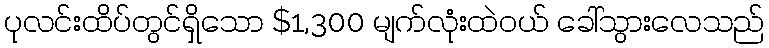
ပုလင်းထိပ်တွင်ရှိသော $1,300 မျက်လုံးထဲဝယ် ခေါ်သွားလေသည်